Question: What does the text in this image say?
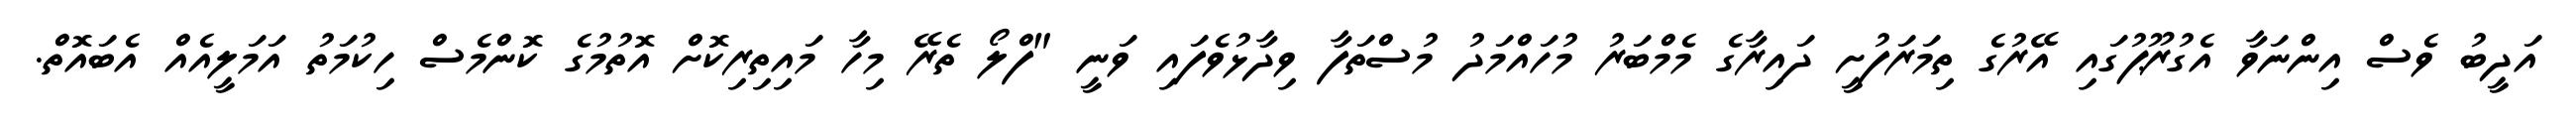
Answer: އަދީބު ވެސް އިންނަވާ އެގުރޫޕުގައި އޭރުގެ ތިމަރަފުށީ ދައިރާގެ މެމްބަރު މުހައްމަދު މުސްތަފާ ވިދާޅުވެފައި ވަނީ "ފްލޯ ތެރޭ މިހާ މައިތިރިކޮށް އޮތުމުގެ ކޮންމެސް ހިކުމަތު އަމަލީއެއް އެބައޮތް.